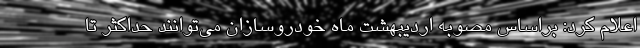
اعلام کرد: براساس مصوبه اردیبهشت ماه خودروسازان می‌توانند حداکثر تا